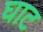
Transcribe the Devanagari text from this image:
घाट